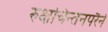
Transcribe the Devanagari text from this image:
रुक्षचिन्तनपरैर्न